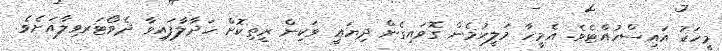
މީހަކު އައިސްހުއްޓެވެ. އެމީހާ މަލީހުމެން ގޮވައިގެން ދިޔައީ ވަކިން ރީތިކޮށް ހަދާލާފައިވާ ދެވޯޓަރވިލާއަށެވެ.